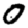
Digit: 0